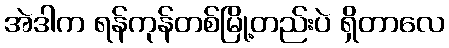
အဲဒါက ရန်ကုန်တစ်မြို့တည်းပဲ ရှိတာလေ